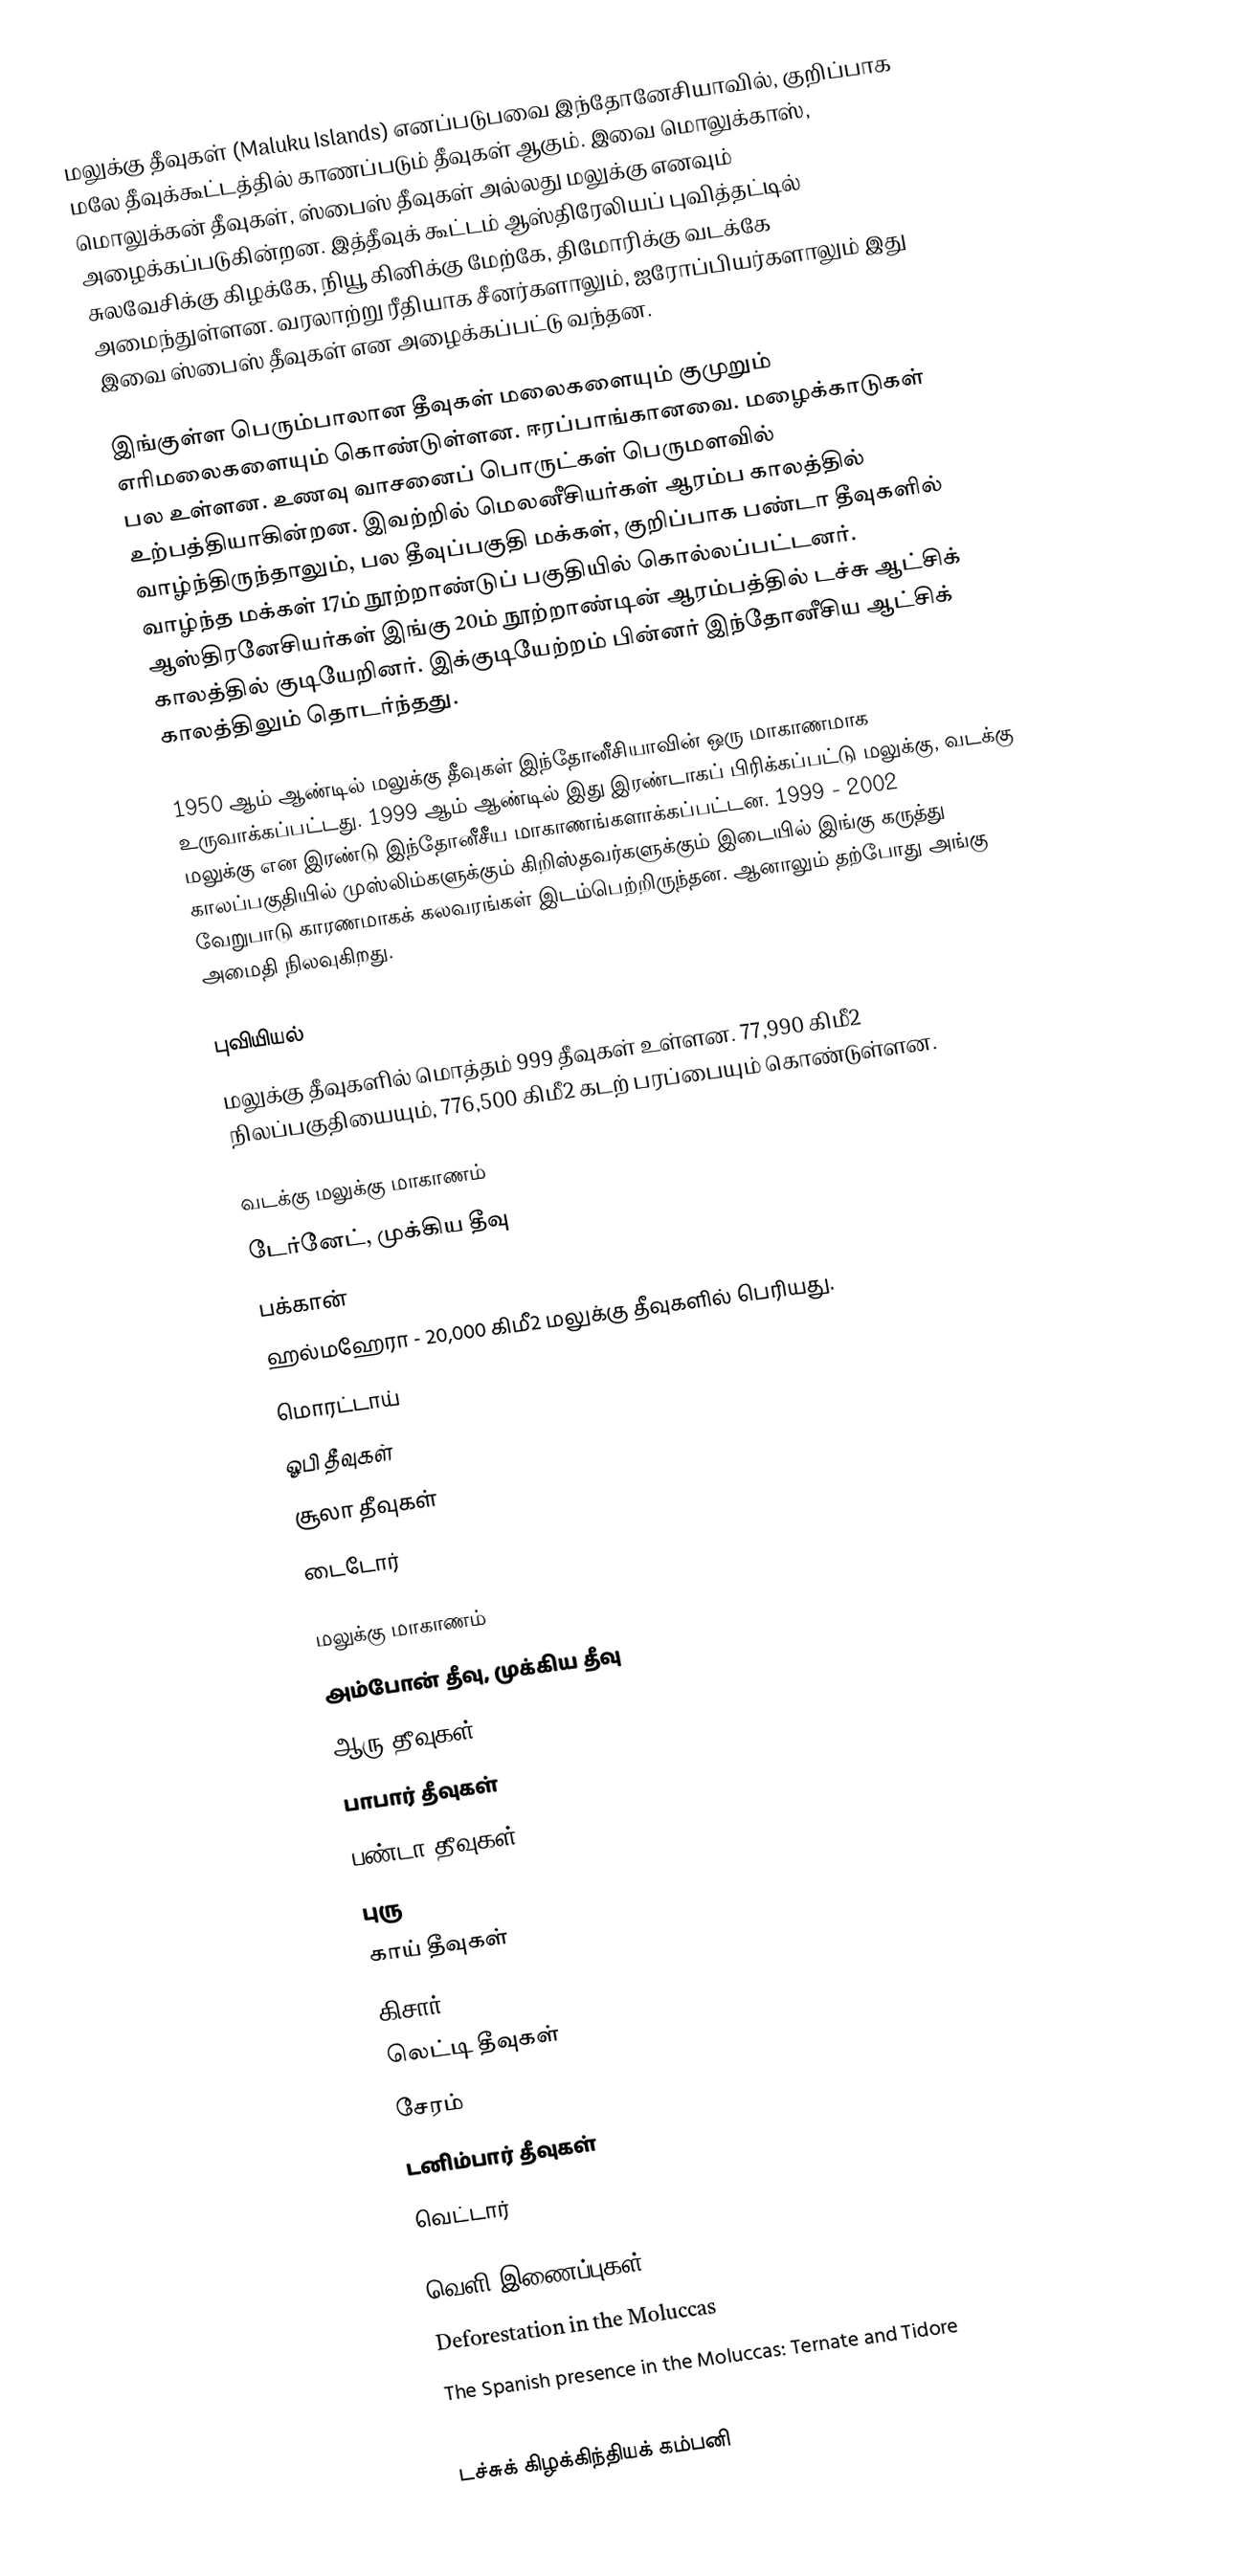
மலுக்கு தீவுகள் (Maluku Islands) எனப்படுபவை இந்தோனேசியாவில், குறிப்பாக மலே தீவுக்கூட்டத்தில் காணப்படும் தீவுகள் ஆகும். இவை மொலுக்காஸ், மொலுக்கன் தீவுகள், ஸ்பைஸ் தீவுகள் அல்லது மலுக்கு எனவும் அழைக்கப்படுகின்றன. இத்தீவுக் கூட்டம் ஆஸ்திரேலியப் புவித்தட்டில் சுலவேசிக்கு கிழக்கே, நியூ கினிக்கு மேற்கே, திமோரிக்கு வடக்கே அமைந்துள்ளன. வரலாற்று ரீதியாக சீனர்களாலும், ஐரோப்பியர்களாலும் இது இவை ஸ்பைஸ் தீவுகள் என அழைக்கப்பட்டு வந்தன.

இங்குள்ள பெரும்பாலான தீவுகள் மலைகளையும் குமுறும் எரிமலைகளையும் கொண்டுள்ளன. ஈரப்பாங்கானவை. மழைக்காடுகள் பல உள்ளன. உணவு வாசனைப் பொருட்கள் பெருமளவில் உற்பத்தியாகின்றன. இவற்றில் மெலனீசியர்கள் ஆரம்ப காலத்தில் வாழ்ந்திருந்தாலும், பல தீவுப்பகுதி மக்கள், குறிப்பாக பண்டா தீவுகளில் வாழ்ந்த மக்கள் 17ம் நூற்றாண்டுப் பகுதியில் கொல்லப்பட்டனர். ஆஸ்திரனேசியர்கள் இங்கு 20ம் நூற்றாண்டின் ஆரம்பத்தில் டச்சு ஆட்சிக் காலத்தில் குடியேறினர். இக்குடியேற்றம் பின்னர் இந்தோனீசிய ஆட்சிக் காலத்திலும் தொடர்ந்தது.

1950 ஆம் ஆண்டில் மலுக்கு தீவுகள் இந்தோனீசியாவின் ஒரு மாகாணமாக உருவாக்கப்பட்டது. 1999 ஆம் ஆண்டில் இது இரண்டாகப் பிரிக்கப்பட்டு மலுக்கு, வடக்கு மலுக்கு என இரண்டு இந்தோனீசீய மாகாணங்களாக்கப்பட்டன. 1999 - 2002 காலப்பகுதியில் முஸ்லிம்களுக்கும் கிறிஸ்தவர்களுக்கும் இடையில் இங்கு கருத்து வேறுபாடு காரணமாகக் கலவரங்கள் இடம்பெற்றிருந்தன. ஆனாலும் தற்போது அங்கு அமைதி நிலவுகிறது.

புவியியல்
மலுக்கு தீவுகளில் மொத்தம் 999 தீவுகள் உள்ளன. 77,990 கிமீ2 நிலப்பகுதியையும், 776,500 கிமீ2 கடற் பரப்பையும் கொண்டுள்ளன.

வடக்கு மலுக்கு மாகாணம்
 டேர்னேட், முக்கிய தீவு
 பக்கான்
 ஹல்மஹேரா - 20,000 கிமீ2 மலுக்கு தீவுகளில் பெரியது.
 மொரட்டாய்
 ஓபி தீவுகள்
 சூலா தீவுகள்
 டைடோர்

மலுக்கு மாகாணம்
 அம்போன் தீவு, முக்கிய தீவு
 ஆரு தீவுகள்
 பாபார் தீவுகள்
 பண்டா தீவுகள்
 புரு
 காய் தீவுகள்
 கிசார்
 லெட்டி தீவுகள்
 சேரம்
 டனிம்பார் தீவுகள்
 வெட்டார்

வெளி இணைப்புகள்
 Deforestation in the Moluccas
 The Spanish presence in the Moluccas: Ternate and Tidore

டச்சுக் கிழக்கிந்தியக் கம்பனி